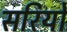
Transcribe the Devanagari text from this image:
सरियो